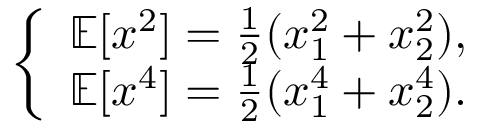
\left\{ \begin{array} { l l } { \mathbb { E } [ x ^ { 2 } ] = \frac { 1 } { 2 } ( x _ { 1 } ^ { 2 } + x _ { 2 } ^ { 2 } ) , } \\ { \mathbb { E } [ x ^ { 4 } ] = \frac { 1 } { 2 } ( x _ { 1 } ^ { 4 } + x _ { 2 } ^ { 4 } ) . } \end{array} \right.